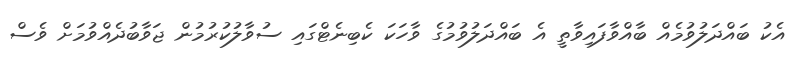
އެކު ބައްދަލުވުމެއް ބާއްވާފައިވާތީ އެ ބައްދަލުވުމުގެ ވާހަކަ ކެބިނެޓްގައި ސުވާލުކުރުމުން ޖަވާބުދެއްވުމަށް ވެސް